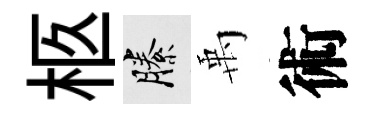
柩縢禹術